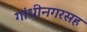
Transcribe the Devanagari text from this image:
गांधीनगरसह